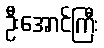
ဦးအောင်ကြီး